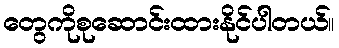
တွေကိုစုဆောင်းထားနိုင်ပါတယ်။